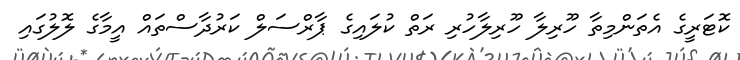
ކޮޓަރީގެ އެތަންމިތާ ހޫރިލާ ހޫރިލާހުރި ރަތް ކުލައިގެ ޕާރްސަލް ކަރުދާސްތައް އީމާގެ ލޮލުގައި